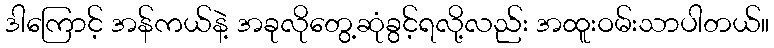
ဒါကြောင့် အန်ကယ်နဲ့ အခုလိုတွေ့ဆုံခွင့်ရလို့လည်း အထူးဝမ်းသာပါတယ်။